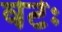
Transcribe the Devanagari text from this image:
वटः